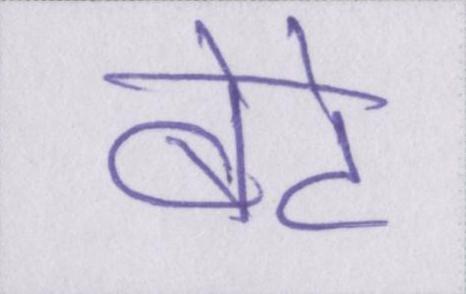
बेटे